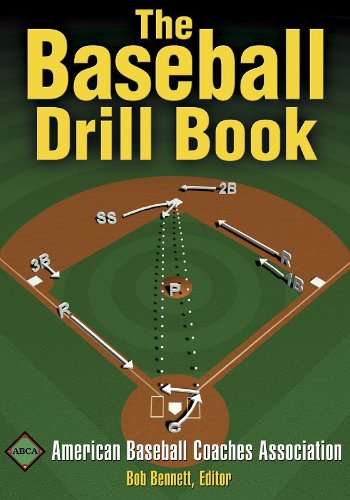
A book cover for The Baseball Drill Book (The Drill Book Series); American Baseball Coaches Association; Medical Books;